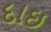
દાઇ